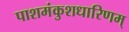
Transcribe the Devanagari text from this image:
पाशमंकुशधारिणम्